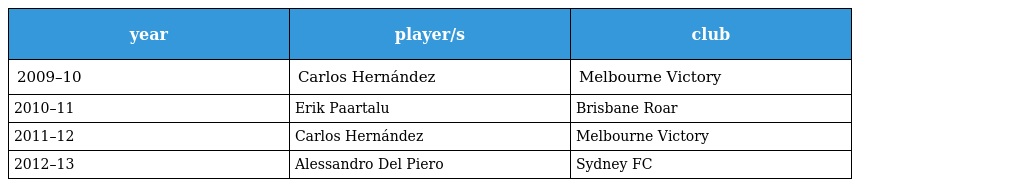
| year | player/s | club |
 | --- | --- | --- |
 | 2009–10 | Carlos Hernández | Melbourne Victory |
 | 2010–11 | Erik Paartalu | Brisbane Roar |
 | 2011–12 | Carlos Hernández | Melbourne Victory |
 | 2012–13 | Alessandro Del Piero | Sydney FC |